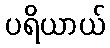
ပရိယာယ်